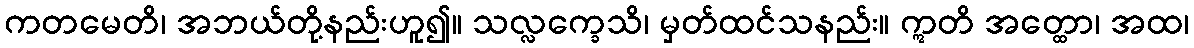
ကတမေတိ၊ အဘယ်တို့နည်းဟူ၍။ သလ္လက္ခေသိ၊ မှတ်ထင်သနည်း။ ဣတိ အတ္ထော၊ အထ၊